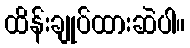
ထိန်းချုပ်ထားဆဲပါ။